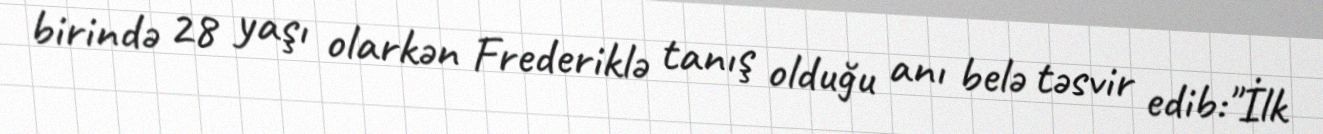
birində 28 yaşı olarkən Frederiklə tanış olduğu anı belə təsvir edib:"İlk